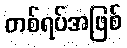
တစ်ရပ်အဖြစ်